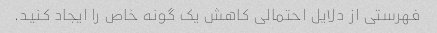
فهرستی از دلایل احتمالی کاهش یک گونه خاص را ایجاد کنید.